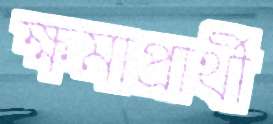
ক্ষমাপ্রার্থী